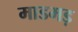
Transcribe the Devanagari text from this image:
माडमड़